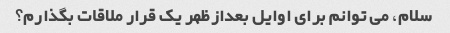
سلام، می توانم برای اوایل بعدازظهر یک قرار ملاقات بگذارم؟